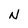
Character: N